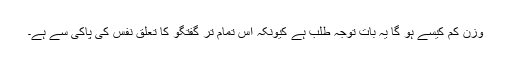
وزن کم کیسے ہو گا یہ بات توجہ طلب ہے کیونکہ اس تمام تر گفتگو کا تعلق نفس کی پاکی سے ہے۔